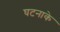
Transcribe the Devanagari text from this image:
घटनाके